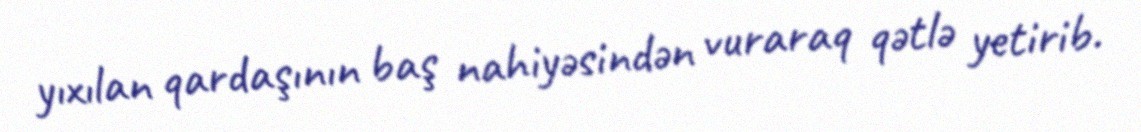
yıxılan qardaşının baş nahiyəsindən vuraraq qətlə yetirib.